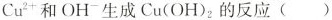
Cu^{2+}和OH^{-}生成Cu(OH)_{2}的反应()